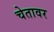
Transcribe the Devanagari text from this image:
चेतावर